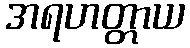
အရဟတ္တာယ